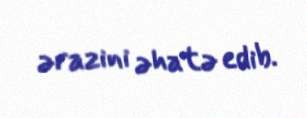
ərazini əhatə edib.